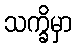
သက္ခိမှာ